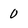
Character: 0